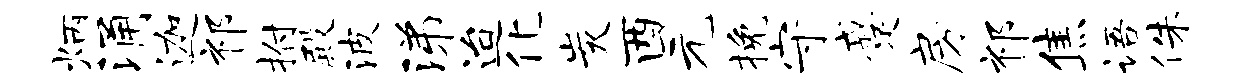
炳涌迦祁拊殿波涕迨化炭酉元挽守蹙房祁焦语侏